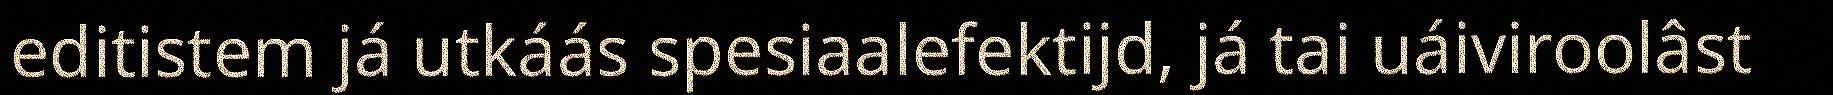
editistem já utkáás spesiaalefektijd, já tai uáiviroolâst